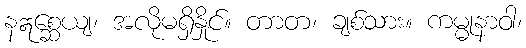
နဣစ္ဆေယျ၊ အလိုမရှိနှိုင်။ တာတ၊ ချစ်သား။ ကမ္မုနာဝါ၊